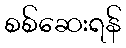
စစ်ဆေးရန်